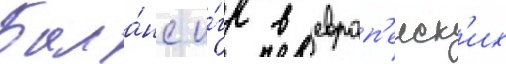
Бала́нс и́гр в европ'еиск'их